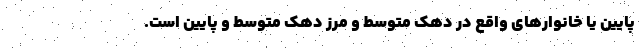
پایین یا خانوارهای واقع در دهک متوسط و مرز دهک متوسط و پایین است.